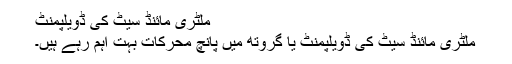
ملٹری مائنڈ سیٹ کی ڈویلپمنٹ
ملٹری مائنڈ سیٹ کی ڈویلپمنٹ یا گروتھ میں پانچ محرکات بہت اہم رہے ہیں۔